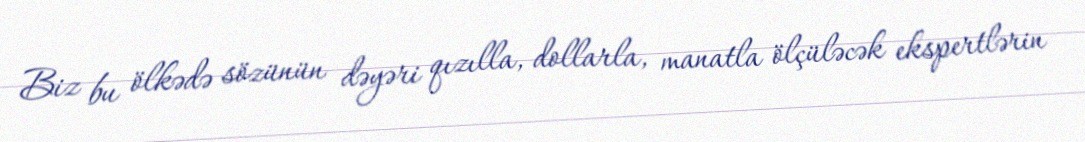
Biz bu ölkədə sözünün dəyəri qızılla, dollarla, manatla ölçüləcək ekspertlərin